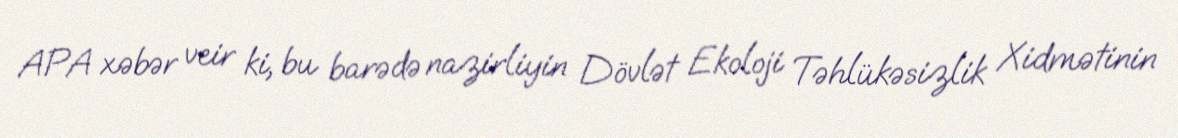
APA xəbər veir ki, bu barədə nazirliyin Dövlət Ekoloji Təhlükəsizlik Xidmətinin